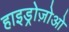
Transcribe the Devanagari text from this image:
हाइड्रोज़ोओ